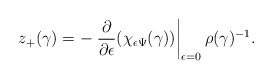
\begin{align*}z_{+}(\gamma)=-\left.\frac{\partial}{\partial\epsilon}(\chi_{\epsilon\Psi}(\gamma))\right|_{\epsilon=0}\rho(\gamma)^{-1}.\end{align*}